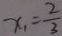
x _ { 1 } = \frac { 2 } { 3 }